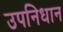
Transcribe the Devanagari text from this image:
उपनिधान